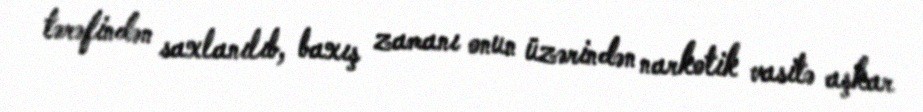
tərəfindən saxlanılıb, baxış zamanı onun üzərindən narkotik vasitə aşkar